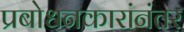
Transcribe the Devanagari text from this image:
प्रबोधनकारांनंतर